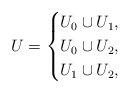
LaTeX: \begin{align*}U=\begin{cases}U_{0}\cup U_{1}, &\\U_{0}\cup U_{2}, &\\U_{1}\cup U_{2}, &\\\end{cases}\end{align*}